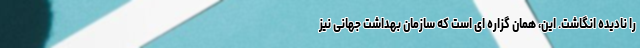
را نادیده انگاشت. این، همان گزاره ای است که سازمان بهداشت جهانی نیز